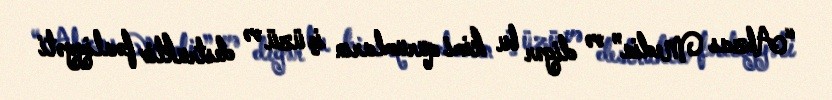
“Abzas Media” və digər bu kimi qurumların iç üzü və destruktiv fəaliyyəti